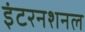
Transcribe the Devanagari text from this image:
इंटरनशनल